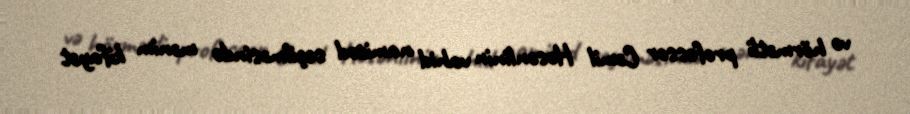
və hörmətli professor Cəmil Həsənlinin vahid namizəd seçilməsində mənim kifayət